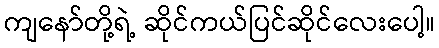
ကျနော်တို့ရဲ့ ဆိုင်ကယ်ပြင်ဆိုင်လေးပေါ့။